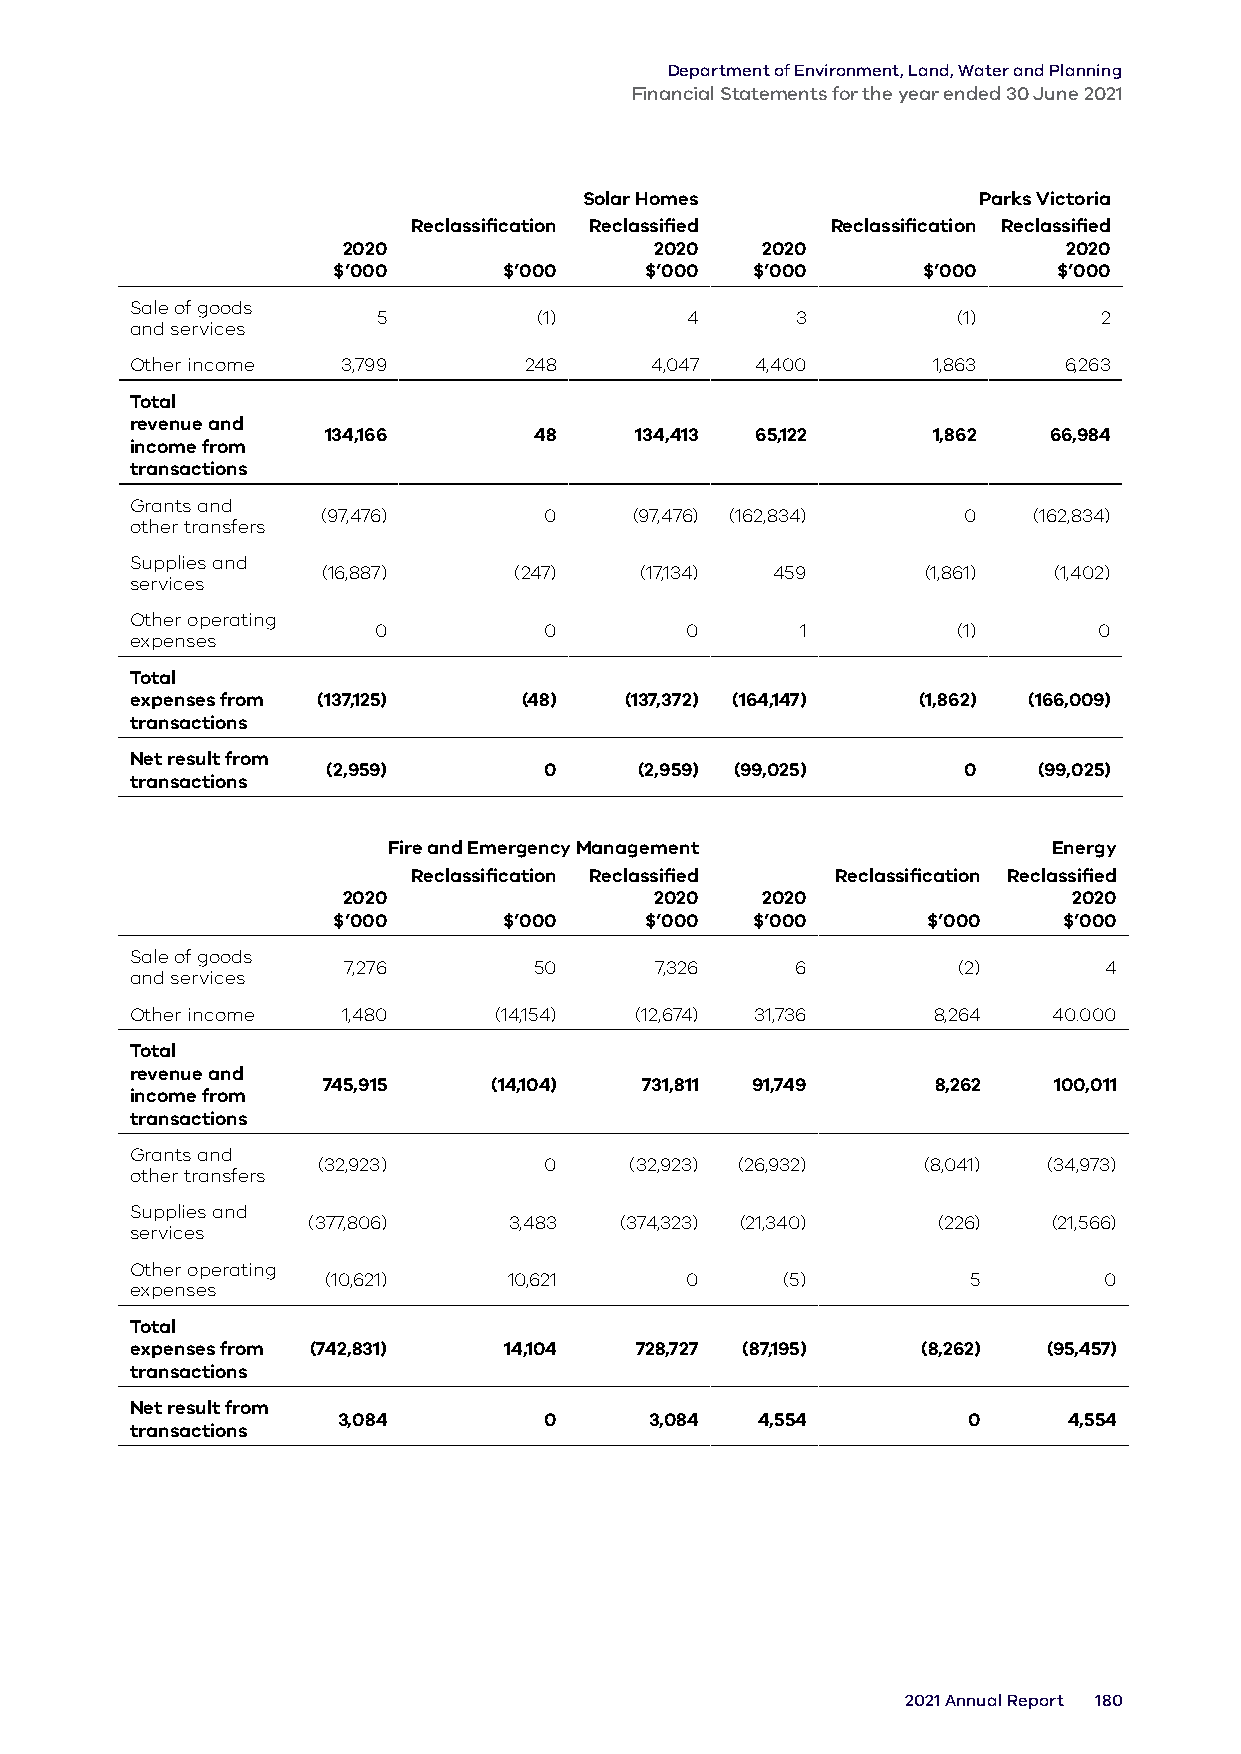
Department of Environment, Land, Water and Planning
 Financial Statements for the year ended 30 June 2021
 Solar Homes               Parks Victoria
 Reclassification Reclassified Reclassification Reclassified
 2020                2020   2020                 2020
 $’000      $’000     $’000  $’000      $’000    $’000
 Sale of goods
 5          (1)      4       3         (1)       2
 and services
 Other income  3,799       248     4,047  4,400       1,863   6,263
 Total
 revenue and
 134,166       48     134,413 65,122      1,862  66,984
 income from
 transactions
 Grants and
 (97,476)       0     (97,476) (162,834)    0   (162,834)
 other transfers
 Supplies and
 (16,887)     (247)   (17,134) 459       (1,861)  (1,402)
 services
 Other operating
 0          0        0       1         (1)       0
 expenses
 Total
 expenses from (137,125)   (48)  (137,372) (164,147) (1,862) (166,009)
 transactions
 Net result from
 (2,959)       0     (2,959) (99,025)      0    (99,025)
 transactions
 Fire and Emergency Management               Energy
 Reclassification Reclassified Reclassification Reclassified
 2020                2020   2020                 2020
 $’000      $’000     $’000  $’000      $’000    $’000
 Sale of goods
 7,276       50      7,326     6         (2)       4
 and services
 Other income  1,480     (14,154) (12,674) 31,736     8,264   40.000
 Total
 revenue and
 745,915    (14,104)   731,811 91,749     8,262   100,011
 income from
 transactions
 Grants and
 (32,923)       0     (32,923) (26,932)  (8,041) (34,973)
 other transfers
 Supplies and
 (377,806)     3,483  (374,323) (21,340)   (226)   (21,566)
 services
 Other operating
 (10,621)    10,621     0      (5)         5        0
 expenses
 Total
 expenses from (742,831) 14,104   728,727 (87,195)   (8,262) (95,457)
 transactions
 Net result from
 3,084         0      3,084  4,554         0      4,554
 transactions
 2021 Annual Report 180